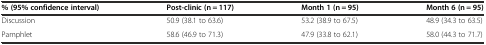
| % (95% confidence interval) | Post-clinic (n = 117) | Month 1 (n = 95) | Month 6 (n = 95) |
 | --- | --- | --- | --- |
 | Discussion | 50.9 (38.1 to 63.6) | 53.2 (38.9 to 67.5) | 48.9 (34.3 to 63.5) |
 | Pamphlet | 58.6 (46.9 to 71.3) | 47.9 (33.8 to 62.1) | 58.0 (44.3 to 71.7) |